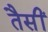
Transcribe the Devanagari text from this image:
तैसीं